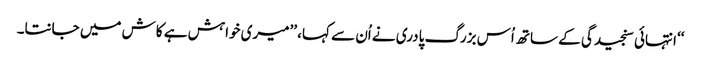
‘‘ انتہائی سنجیدگی کے ساتھ اُس بزرگ پادری نے اُن سے کہا، ’’میری خواہش ہے کاش میں جانتا۔